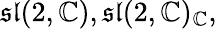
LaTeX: {\mathfrak{sl}}(2,\mathbb{C}),{\mathfrak{sl}}(2,\mathbb{C})_{\mathbb{C}},